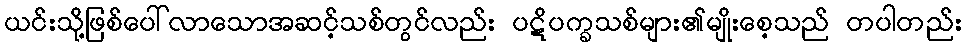
ယင်းသို့ဖြစ်ပေါ်လာသောအဆင့်သစ်တွင်လည်း ပဋိပက္ခသစ်များ၏မျိုးစေ့သည် တပါတည်း